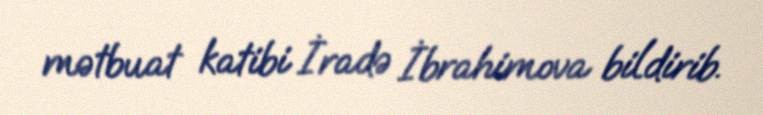
mətbuat katibi İradə İbrahimova bildirib.